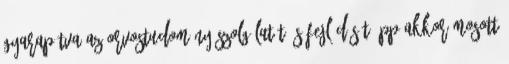
gyarapítva az orvostudomány szolgálatát és fejlődését épp akkor mosott